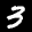
Label: 3